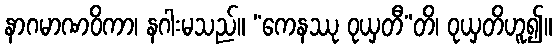
နာဂမာဏဝိကာ၊ နဂါးမသည်။ “ကေနဿု ဝုယှတီ”တိ၊ ဝုယှတိဟူ၍။